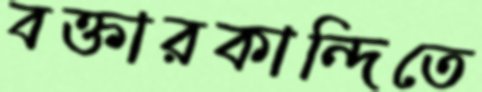
বক্তারকান্দিতে